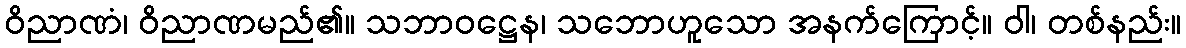
ဝိညာဏံ၊ ဝိညာဏမည်၏။ သဘာဝဋ္ဌေန၊ သဘောဟူသော အနက်ကြောင့်။ ဝါ၊ တစ်နည်း။